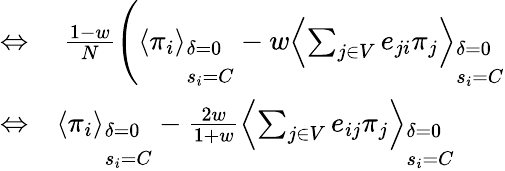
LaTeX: \begin{array}{rl}{\Leftrightarrow}&{{}~\frac{1-w}{N}\left(\left\langle\pi_{i}\right\rangle_{\begin{array}{l}{\delta=0}\\ {s_{i}=C}\end{array}}-w\left\langle\sum_{j\in V}e_{ji}\pi_{j}\right\rangle_{\begin{array}{l}{\delta=0}\\ {s_{i}=C}\end{array}}\right.}\\ {\Leftrightarrow}&{{}\left\langle\pi_{i}\right\rangle_{\begin{array}{l}{\delta=0}\\ {s_{i}=C}\end{array}}-\frac{2w}{1+w}\left\langle\sum_{j\in V}e_{ij}\pi_{j}\right\rangle_{\begin{array}{l}{\delta=0}\\ {s_{i}=C}\end{array}}}\end{array}